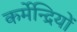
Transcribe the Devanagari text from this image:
कर्मेन्द्रियों